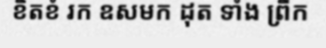
ខិតខំ រក ឧសមក ដុត ទាំង ព្រឹក